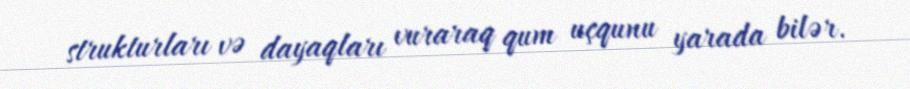
strukturları və dayaqları vuraraq qum uçqunu yarada bilər.